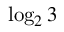
\log _ { 2 } 3